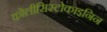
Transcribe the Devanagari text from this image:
कोलीसिस्टोकाइनिन